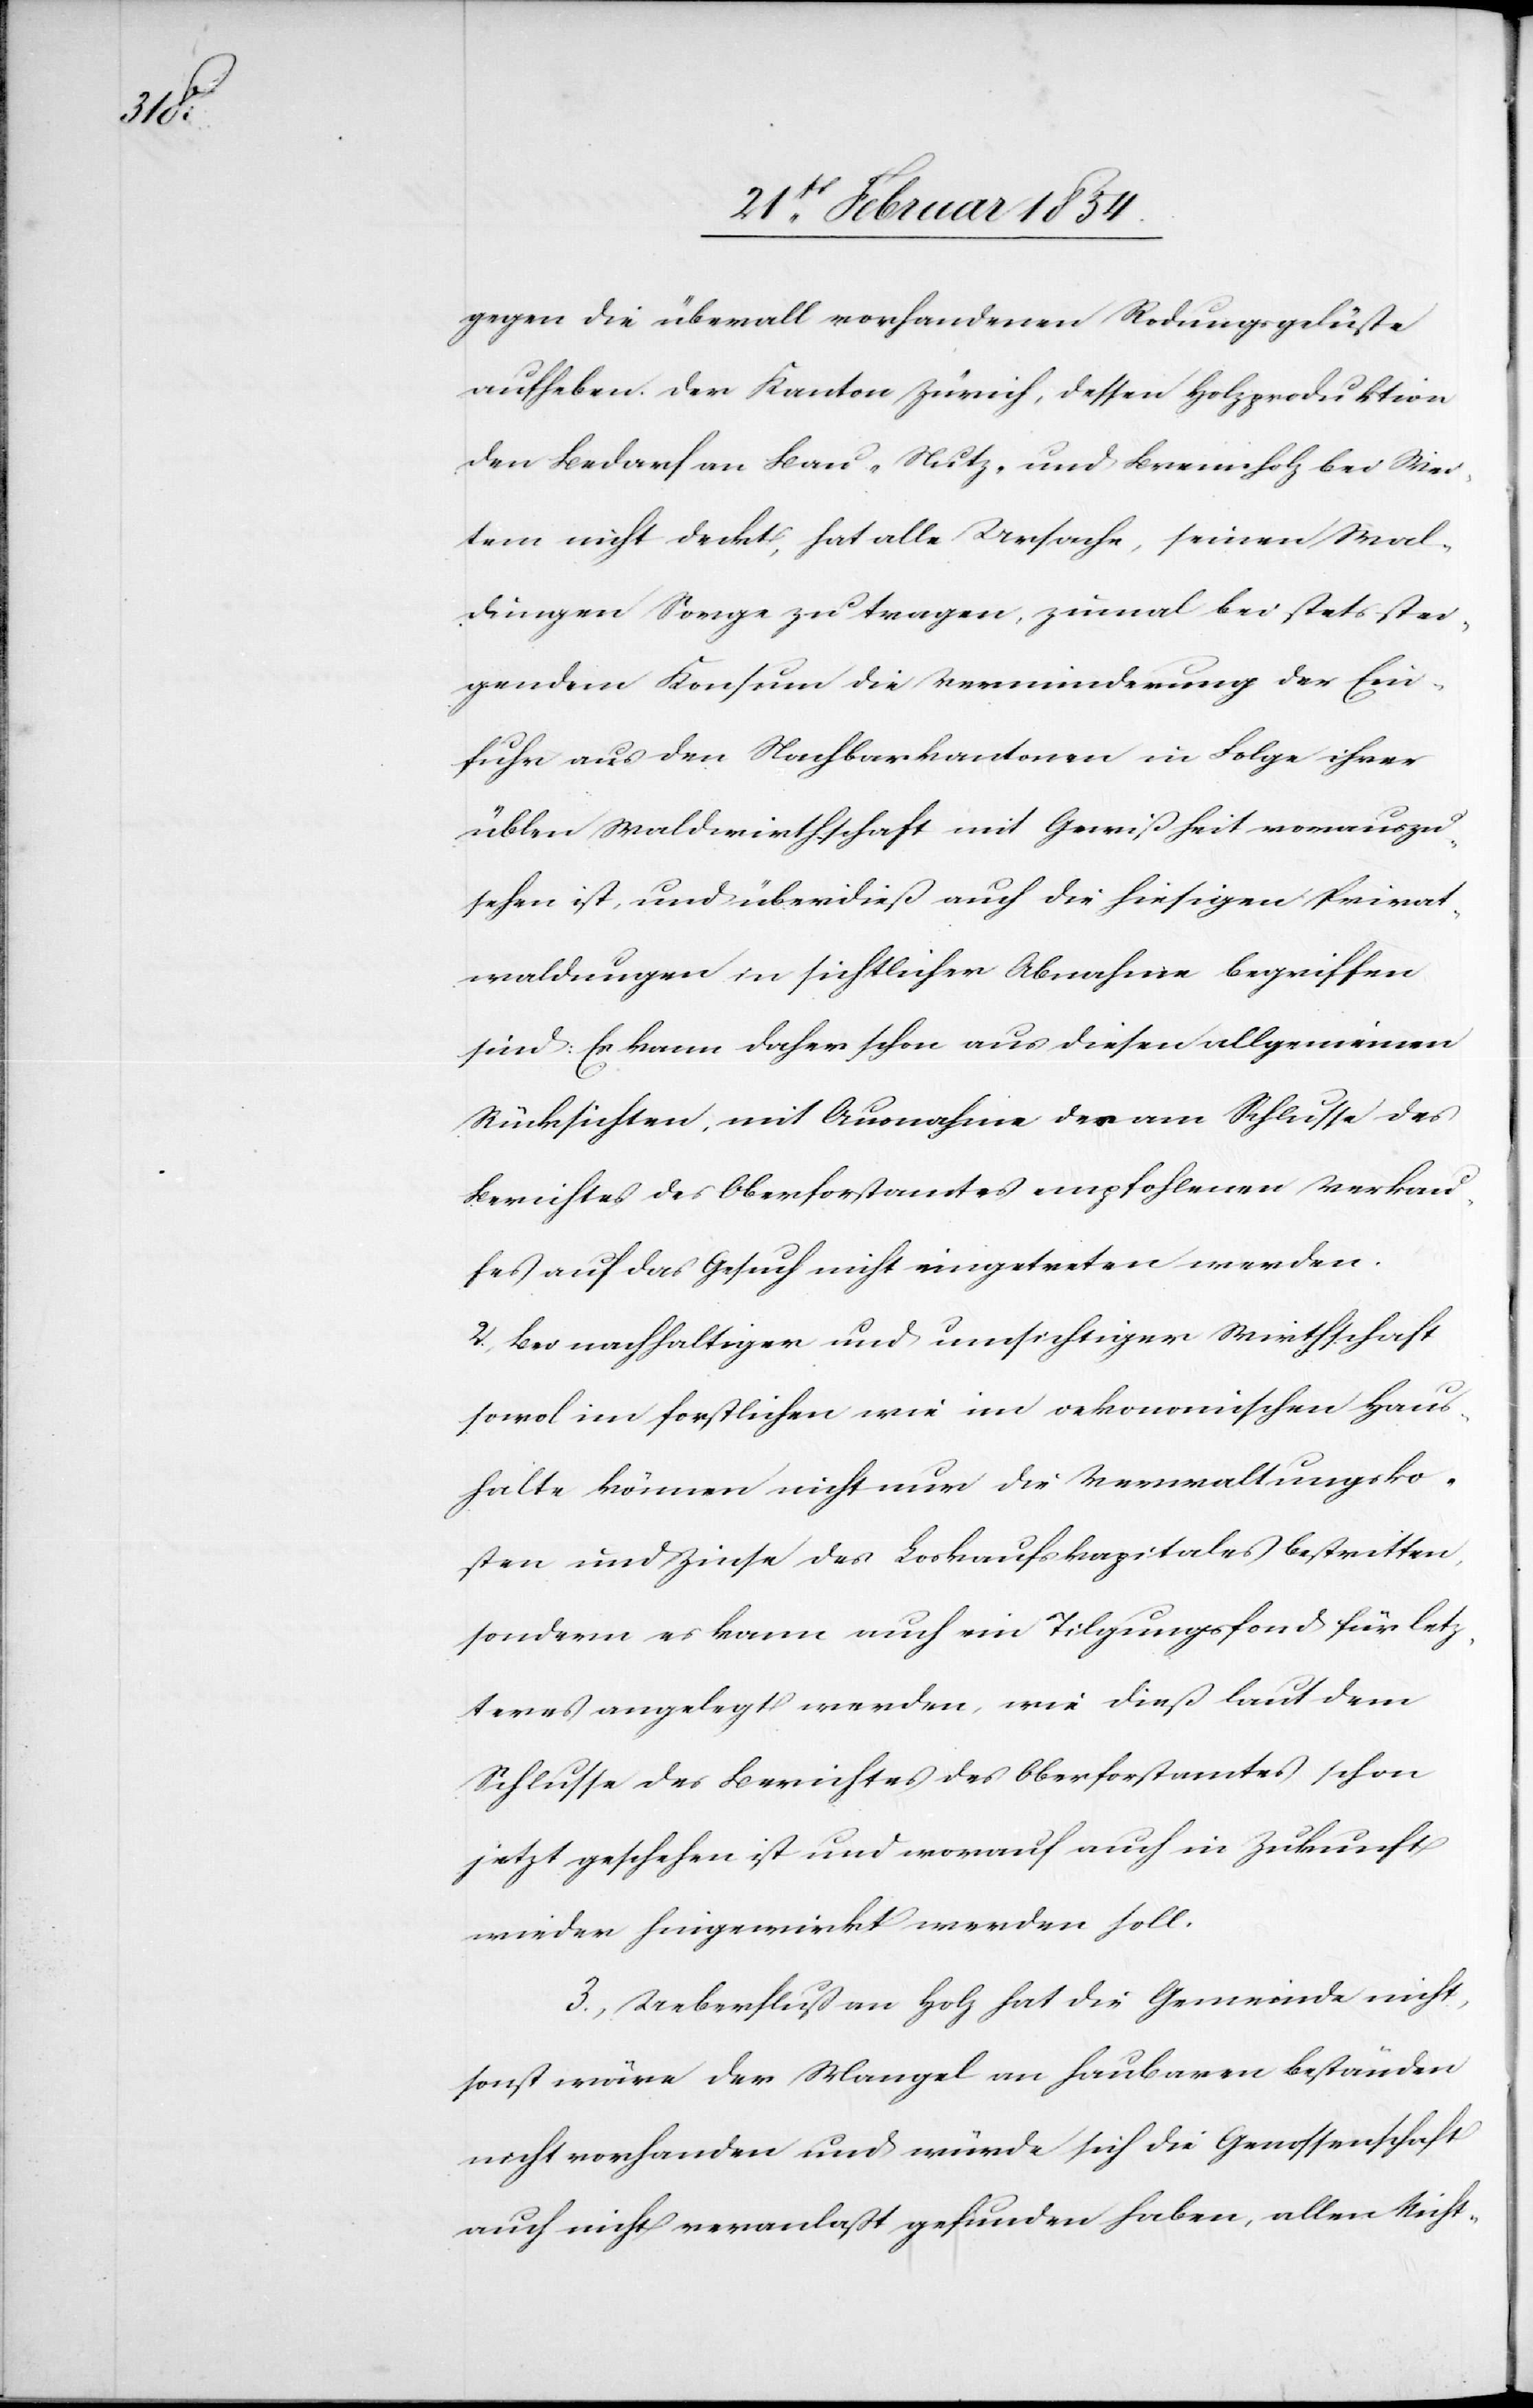
gegen die überall vorhandenen Rodungsgelüste
aufheben. Der Kanton Zürich, dessen Holzproduktion
den Bedarf an Bau-[,] Nutz- und Brennholz bei Wei¬
tem nicht deckt, hat alle Ursache, seinen Wal¬
dungen Sorge zu tragen, zumal bei stets stei¬
gendem Konsum die Verminderung der Ein¬
fuhr aus den Nachbarkantonen in Folge ihrer
üblen Waldwirthschaft mit Gewißheit vorauszu¬
sehen ist, und überdieß auch die hiesigen Privat¬
waldungen in sichtlicher Abnahme begriffen
sind: Es kann daher schon aus diesen allgemeinen
Rücksichten, mit Ausnahme des am Schlusse des
Berichtes des Oberforstamtes empfohlenen Verkau¬
fes auf das Gesucht nicht eingetreten werden.
2. Bei nachhaltiger und umsichtiger Wirthschaft
sowol im forstlichen wie im oekonomischen Haus¬
halte können nicht nur die Verwaltungsko¬
sten und Zinse des Loskaufskapitales bestritten,
sondern es kann auch ein Tilgungsfond für letz¬
teres angelegt werden, wie dieß laut dem
Schlusse des Berichtes des Oberforstamtes schon
jetzt geschehen ist und worauf auch in Zukunft
wieder hingewirkt werden soll.
3. Ueberfluß an Holz hat die Gemeinde nicht,
sonst wäre der Mangel an haubaren Beständen
nicht vorhanden und würde sich die Genossenschaft
auch nicht veranlaßt gefunden haben, allen Nicht-